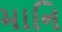
માનિ